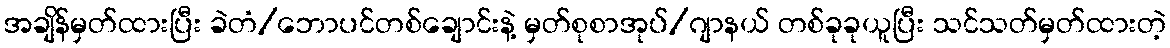
အချိန်မှတ်ထားပြီး ခဲတံ/ဘောပင်တစ်ချောင်းနဲ့ မှတ်စုစာအုပ်/ဂျာနယ် တစ်ခုခုယူပြီး သင်သတ်မှတ်ထားတဲ့